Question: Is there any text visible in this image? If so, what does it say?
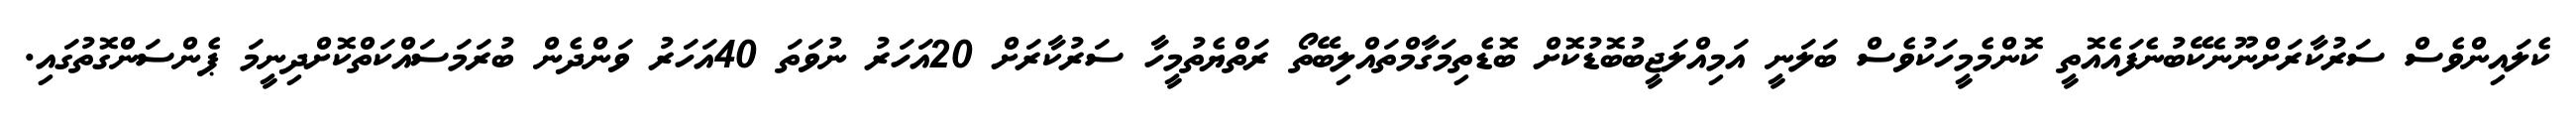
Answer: ކެލައިންވެސް ސަރުކާރަށްނޫނެކޭބުނެފައެއޮތީ ކޮންމެމީހަކުވެސް ބަލަނީ އަމިއްލަޖީބުބޮޑުކޮށް ބޮޑެތިމަގާމްތައްލިބޭތޯ ރަތްޔެތުމީހާ ސަރުކާރަށް 20އަހަރު ނުވަތަ 40އަހަރު ވަންދެން ބުރަމަސައްކަތްކޮށްދިނީމަ ޕެންސަންގޮތުގައި.